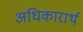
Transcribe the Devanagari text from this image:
अधिकारार्थ